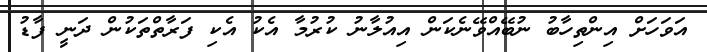
އަވަހަށް އިންތިހާބު ނުބޭއްވޭނެކަން އިއުލާނު ކުރުމާ އެކު އެކި ފަރާތްތަކުން ދަނީ ފާޑު